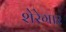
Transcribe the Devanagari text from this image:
शेरेगार